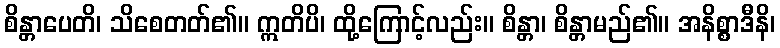
စိန္တာပေတိ၊ သိစေတတ်၏။ ဣတိပိ၊ ထို့ကြောင့်လည်း။ စိန္တာ၊ စိန္တာမည်၏။ အနိစ္စာဒီနိ၊